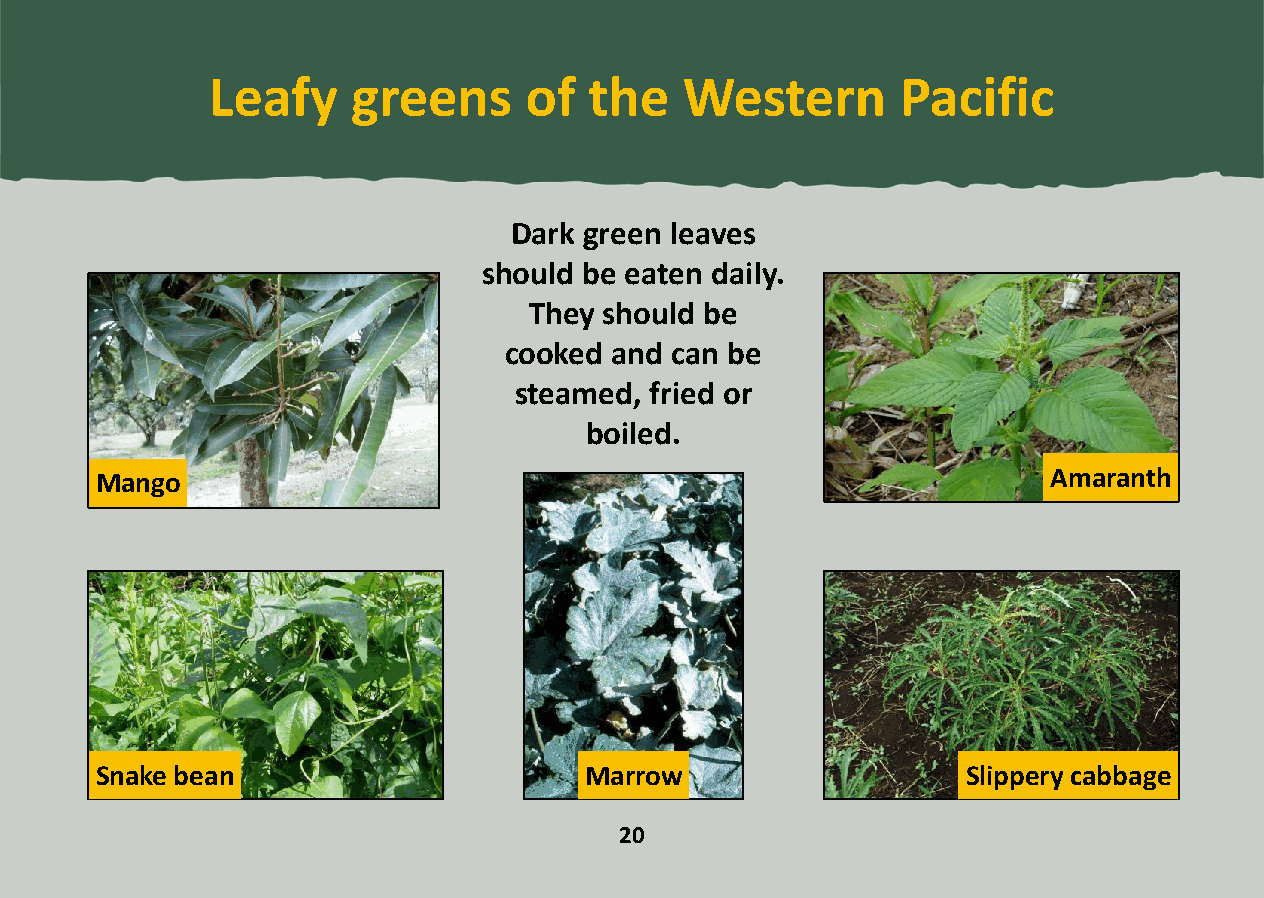
Leafy    greens      of  the   Western        Pacific
 Dark green leaves
 should be eaten daily.
 They should be
 cooked and can be
 steamed, fried or
 boiled.
 Mango                                                           Amaranth
 Snake bean                       Marrow                   Slippery cabbage
 20